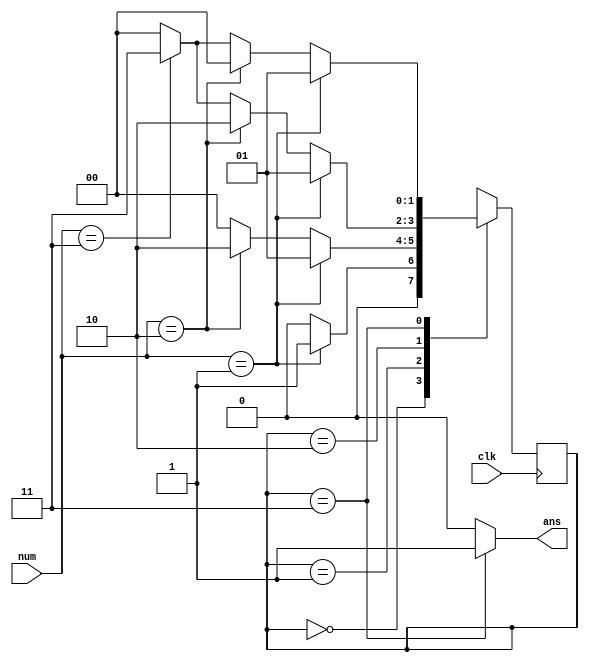
`timescale 1ns / 1ps
//////////////////////////////////////////////////////////////////////////////////
// Company: 
// Engineer: 
// 
// Design Name: 
// Module Name:    counting 
// Project Name: 
// Target Devices: 
// Tool versions: 
// Description: 
//
// Dependencies: 
//
// Revision: 
// Revision 0.01 - File Created
// Additional Comments: 
//
//////////////////////////////////////////////////////////////////////////////////
`define S0 2'b00
`define S1 2'b01
`define S2 2'b10
`define S3 2'b11

module counting(
    input [1:0] num,
    input clk,
    output ans
    );
	reg [1:0] status;

	initial begin
		status <= `S0;
	end

	always @(posedge clk) begin
		case (status)
			`S0: begin
				if (num == 2'b01) begin
					status <= `S1;
				end
				else if (num == 2'b10) begin
					status <= `S0;
				end
				else if (num == 2'b11) begin
					status <= `S0;
				end
				else begin
					status <= `S0; //0
				end
			end
			
			`S1: begin
				if (num == 2'b01) begin
					status <= `S1;
				end
				else if (num == 2'b10) begin
					status <= `S2;
				end
				else if (num == 2'b11) begin
					status <= `S0;
				end
				else begin
					status <= `S0; //0
				end
			end
					
			`S2: begin
				if (num == 2'b01) begin
					status <= `S1;
				end
				else if (num == 2'b10) begin
					status <= `S2;
				end
				else if (num == 2'b11) begin
					status <= `S3;
				end
				else begin
					status <= `S0; //0
				end
			end
					
			`S3: begin
				if (num == 2'b01) begin
					status <= `S1;
				end
				else if (num == 2'b10) begin
					status <= `S0;
				end
				else if (num == 2'b11) begin
					status <= `S3;
				end
				else begin
					status <= `S0; //0
				end
			end
		endcase
	end

	assign ans = (status == `S3) ? 1'b1 : 1'b0;

endmodule